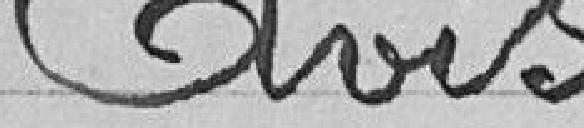
Avis